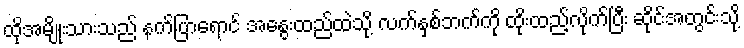
ထိုအမျိုးသားသည် နက်ပြာရောင် အနွေးထည်ထဲသို့ လက်နှစ်ဘက်ကို ထိုးထည့်လိုက်ပြီး ဆိုင်အတွင်းသို့